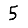
Digit: 5